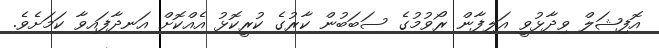
އޮފިޝަލް ވިދާޅުވީ އަލިފާން ރޯވުމުގެ ސަބަބުން ކާރުގެ ކުރީކޮޅު އެއްކޮށް އަނދާފައިވާ ކަމަށެވެ.